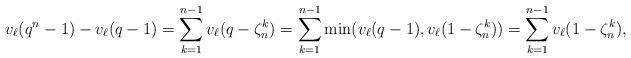
LaTeX: \begin{align*} v_\ell(q^n - 1) - v_\ell(q - 1) = \sum_{k=1}^{n-1}v_\ell(q - \zeta_n^k) = \sum_{k=1}^{n-1}\min(v_\ell(q - 1), v_\ell(1 - \zeta_n^k)) = \sum_{k=1}^{n-1}v_\ell(1 - \zeta_n^k),\end{align*}